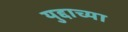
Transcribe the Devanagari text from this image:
युद्दाच्या